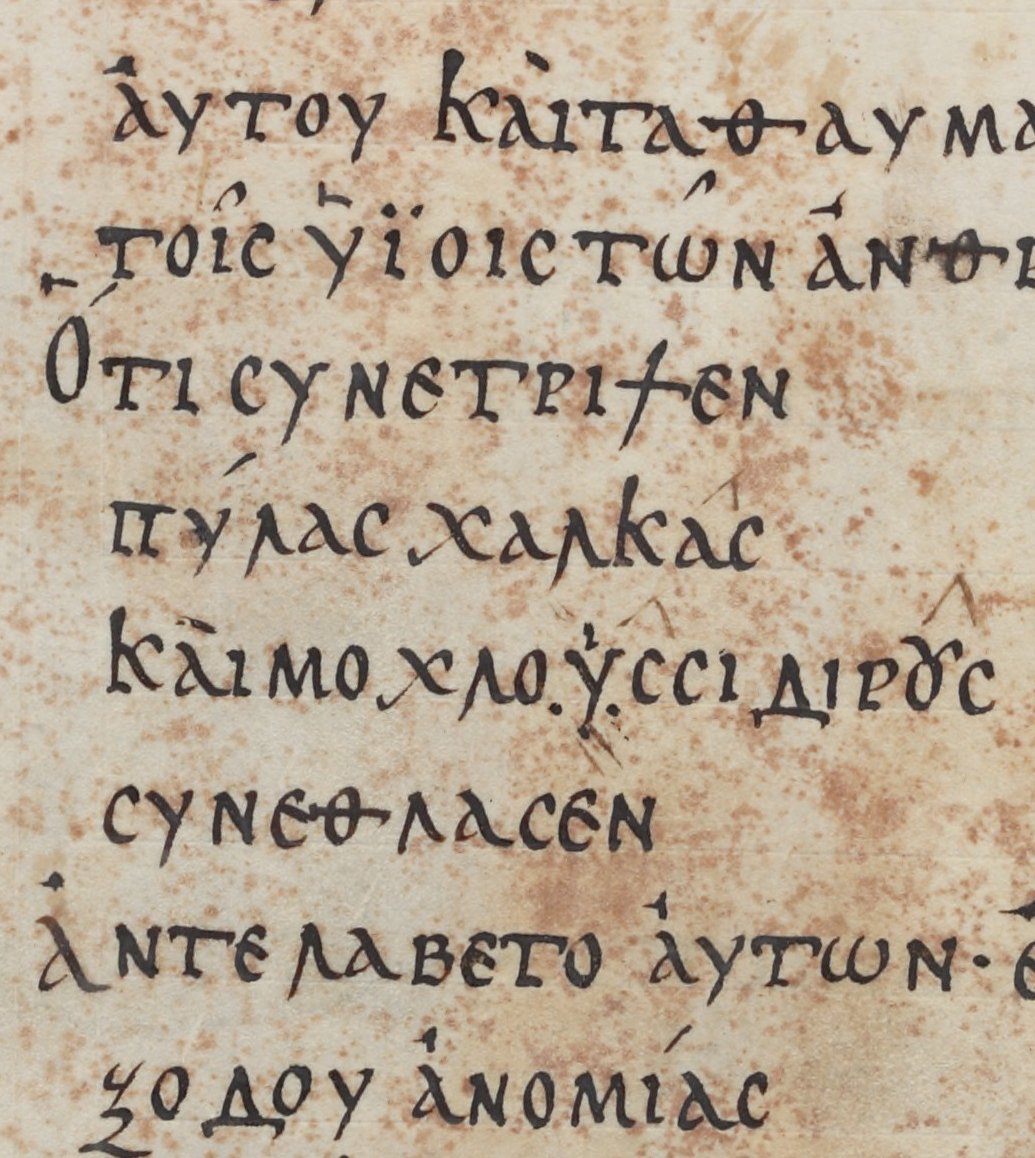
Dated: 800–999